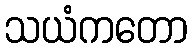
သယံကတော